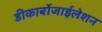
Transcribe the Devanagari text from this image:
डीकार्बोजाईलेशन